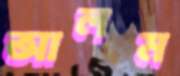
আলম